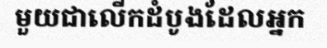
មួយជាលើកដំបូងដែលអ្នក